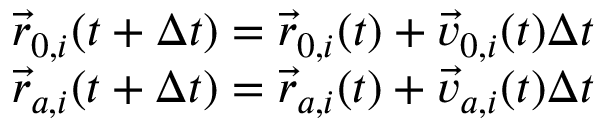
\begin{array} { r } { { \vec { r } } _ { 0 , i } ( t + \Delta t ) = { \vec { r } } _ { 0 , i } ( t ) + { \vec { v } } _ { 0 , i } ( t ) \Delta t } \\ { { \vec { r } } _ { a , i } ( t + \Delta t ) = { \vec { r } } _ { a , i } ( t ) + { \vec { v } } _ { a , i } ( t ) \Delta t } \end{array}